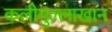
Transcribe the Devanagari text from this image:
कलीमुल्लाखान